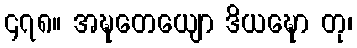
၄၇၈။ အဍ္ဎတေယျော ဒိယဍ္ဎော တု၊